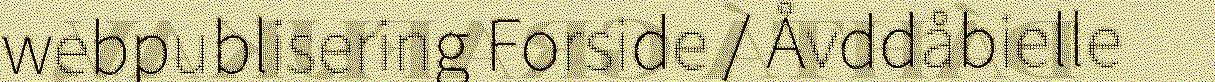
webpublisering Forside / Åvddåbielle